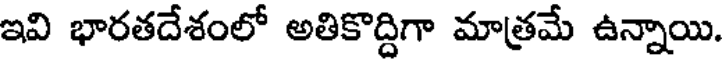
ఇవి భారతదేశంలో అతికొద్దిగా మాత్రమే ఉన్నాయి.